Report on lock hospitals in British Burma
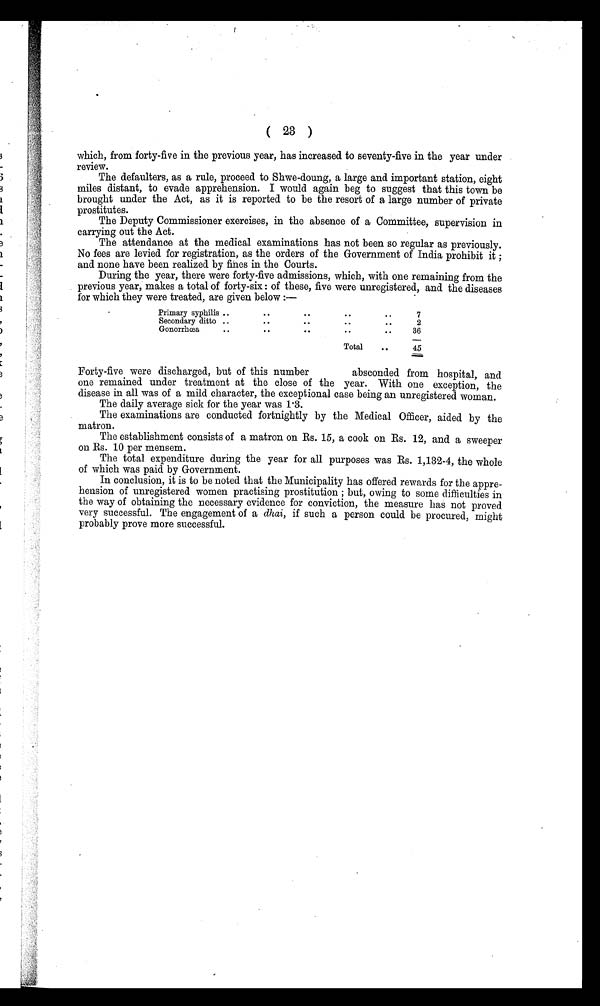
( 23 )
which, from forty-five in the previous year, has increased to seventy-five in the year under
review.
The defaulters, as a rule, proceed to Shwe-doung, a large and important station, eight
miles distant, to evade apprehension. I would again beg to suggest that this town be
brought under the Act, as it is reported to be the resort of a large number of private
prostitutes.
The Deputy Commissioner exercises, in the absence of a Committee, supervision in
carrying out the Act.
The attendance at the medical examinations has not been so regular as previously.
No fees are levied for registration, as the orders of the Government of India prohibit it ;
and none have been realized by fines in the Courts.
During the year, there were forty-five admissions, which, with one remaining from the
previous year, makes a total of forty-six : of these, five were unregistered, and the diseases
for which they were treated, are given below :—
Primary syphilis ..
..
..
..
..
7
Secondary ditto ..
. .
. .
. . .
..
2
Gonorrhæa Gonorrhæa Gonorrhæa Gonorrhæa
..
. .
..
..
..
36
Total
..
45
Forty-five were discharged, but of this number absconded from hospital, and
one remained under treatment at the close of the year. With one exception, the
disease in all was of a mild character, the exceptional case being an unregistered woman.
The daily average sick for the year was 1.3.
The examinations are conducted fortnightly by the Medical Officer, aided by the
matron.
The establishment consists of a matron on Rs. 15, a cook on Rs. 12, and a sweeper
on Rs. 10 per mensem.
The total expenditure during the year for all purposes was Rs. 1,132-4, the whole
of which was paid by Government.
In conclusion, it is to be noted that the Municipality has offered rewards for the appre-
hension of unregistered women practising prostitution ; but, owing to some difficulties in
the way of obtaining the necessary evidence for conviction, the measure has not proved
very successful. The engagement of a dhai, if such a person could be procured, might
probably prove more successful.